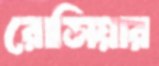
রোসিয়ার